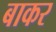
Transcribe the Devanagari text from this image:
बाकर